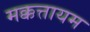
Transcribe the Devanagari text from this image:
मक्कत्तायम